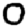
Digit: 0